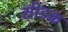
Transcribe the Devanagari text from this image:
सीडक